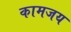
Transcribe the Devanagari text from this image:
कामजय